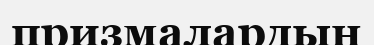
призмалардың